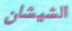
الشيشان